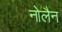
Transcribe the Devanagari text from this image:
नोलैन